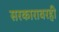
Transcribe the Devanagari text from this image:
सरकारावरही